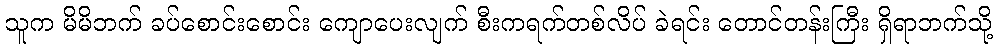
သူက မိမိဘက် ခပ်စောင်းစောင်း ကျောပေးလျက် စီးကရက်တစ်လိပ် ခဲရင်း တောင်တန်းကြီး ရှိရာဘက်သို့